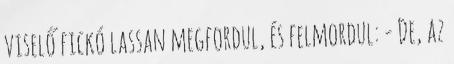
viselő fickó lassan megfordul, és felmordul: - De, az